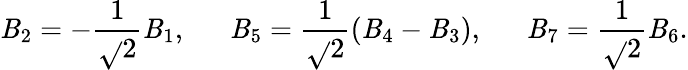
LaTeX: \mathit{B}_{2}=-\frac{{1}}{{\sqrt{}{{2}}}}\mathit{B}_{1},\ \ \ \ \ \ \mathit{B}_{5}=\frac{{1}}{{\sqrt{}{{2}}}}(\mathit{B}_{4}-\mathit{B}_{3}),\ \ \ \ \ \ \mathit{B}_{7}=\frac{{1}}{{\sqrt{}{{2}}}}\mathit{B}_{6}.